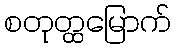
စတုတ္ထမြောက်